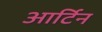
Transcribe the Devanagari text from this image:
आर्टिन